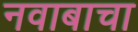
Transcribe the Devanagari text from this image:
नवाबाचा